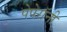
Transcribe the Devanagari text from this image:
पेपेरॉनी